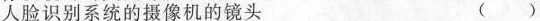
人脸识别系统的摄像机的镜头 ( )